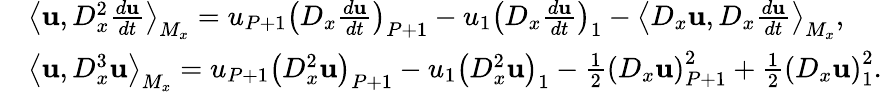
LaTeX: \begin{array}{rl}&{\left\langle\mathbf{u},D_{x}^{2}\frac{d\mathbf{u}}{dt}\right\rangle_{M_{x}}=u_{P+1}\left(D_{x}\frac{d\mathbf{u}}{dt}\right)_{P+1}-u_{1}\left(D_{x}\frac{d\mathbf{u}}{dt}\right)_{1}-\left\langle D_{x}\mathbf{u},D_{x}\frac{d\mathbf{u}}{dt}\right\rangle_{M_{x}},}\\ &{\left\langle\mathbf{u},D_{x}^{3}\mathbf{u}\right\rangle_{M_{x}}=u_{P+1}\left(D_{x}^{2}\mathbf{u}\right)_{P+1}-u_{1}\left(D_{x}^{2}\mathbf{u}\right)_{1}-\frac{1}{2}\left(D_{x}\mathbf{u}\right)_{P+1}^{2}+\frac{1}{2}\left(D_{x}\mathbf{u}\right)_{1}^{2}.}\end{array}